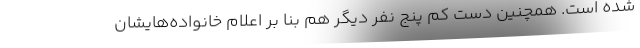
شده است. همچنین دست کم پنج نفر دیگر هم بنا بر اعلام خانواده‌هایشان